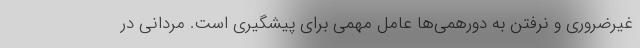
غیرضروری و نرفتن به دورهمی‌ها عامل مهمی برای پیشگیری است. مردانی در